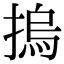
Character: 摀